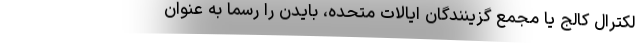
لکترال کالج یا مجمع گزینندگان ایالات متحده، بایدن را رسماً به عنوان